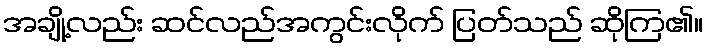
အချို့လည်း ဆင်လည်အကွင်းလိုက် ပြတ်သည် ဆိုကြ၏။